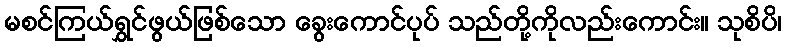
မစင်ကြယ်ရွှင်ဖွယ်ဖြစ်သော ခွေးကောင်ပုပ် သည်တို့ကိုလည်းကောင်း။ သုစိပိ၊